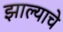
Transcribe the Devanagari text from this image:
झाल्‍याचे